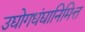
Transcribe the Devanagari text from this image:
उद्योगधंद्यानिमित्त